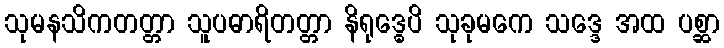
သုမနသိကတတ္တာ သူပဓာရိတတ္တာ နိရုဒ္ဓေပိ သုခုမကေ သဒ္ဒေ အထ ပစ္ဆာ